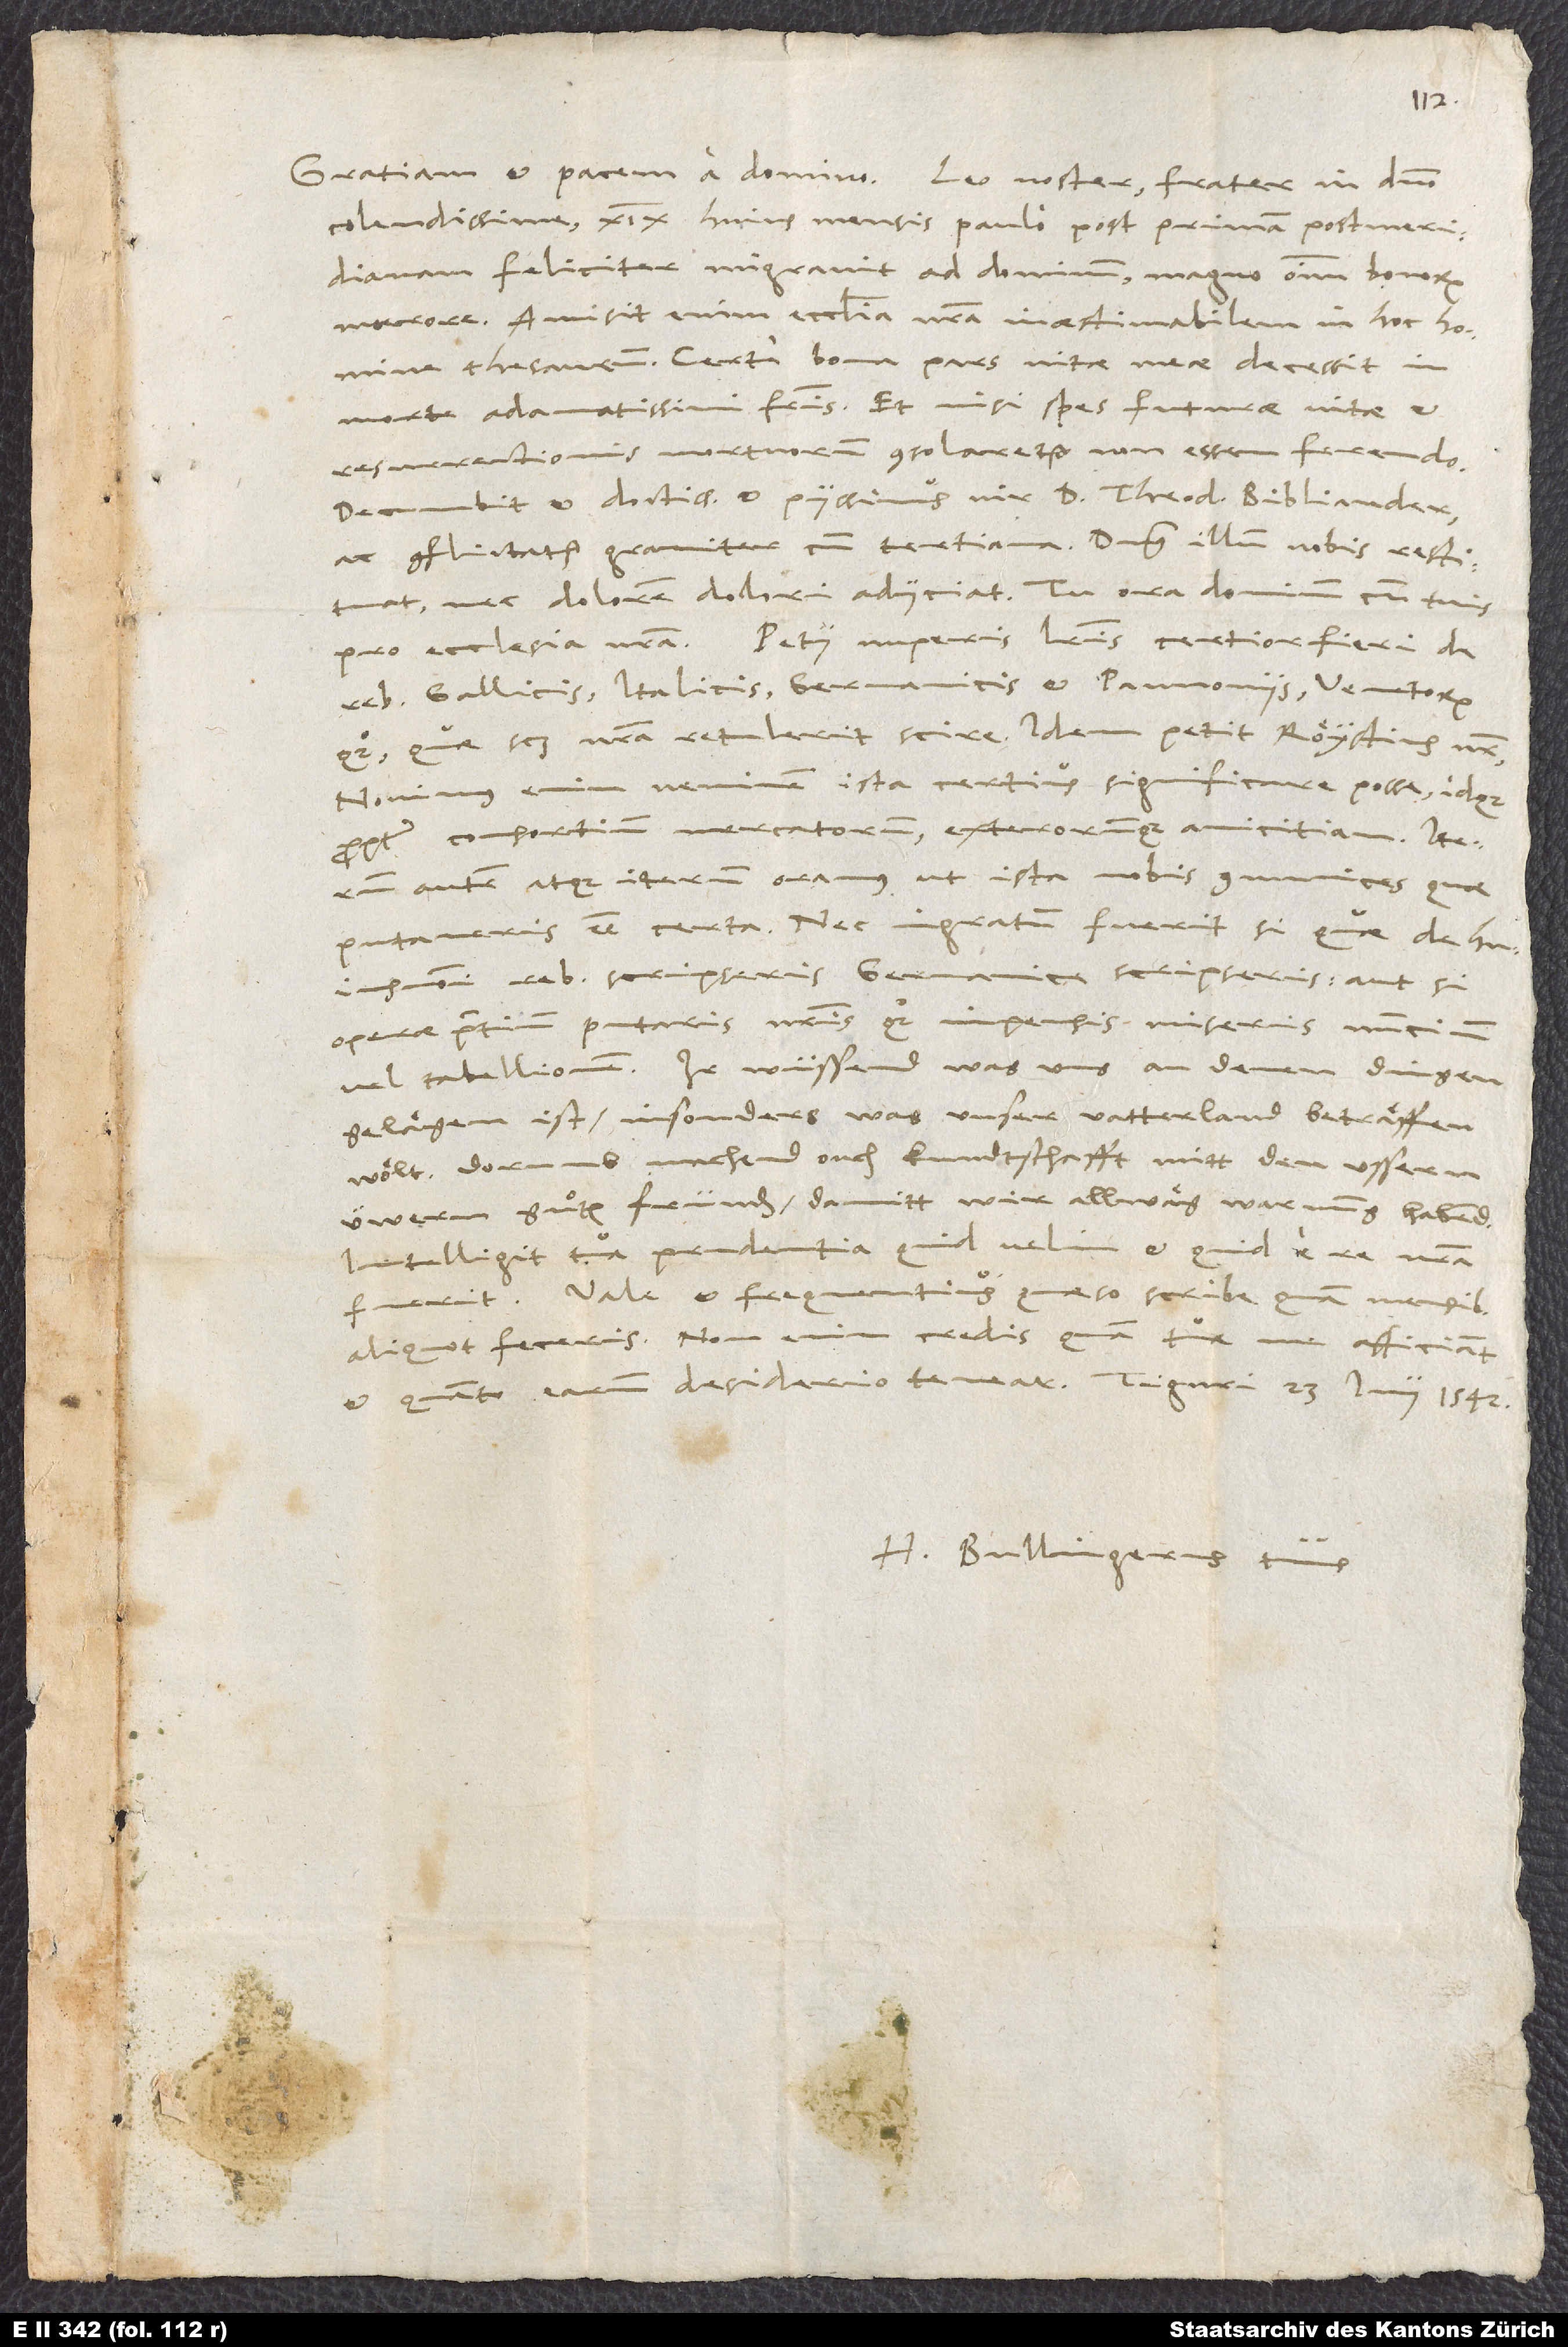
Gratiam et pacem a domino. Leo noster, frater in domino
colendissime, XIX. huius mensis paulo post primam postmeridianam
feliciter migravit ad dominum, magno omnium bonorum
maerore. Amisit enim ecclesia nostra inaestimabilem in hoc homine
thesaurum. Certe bona pars vitae meae decessit in
morte adamatissimi fratris, et nisi spes futurae vitae t
resurrectionis mortuorum consolaretur, non essem ferendo.
Decumbit et doctissimus et piissimus vir D. Theodorus Bibliander
ac conflictatur graviter cum tertiana. Dominus illum nobis restituat
nec dolorem dolori adiiciat. Tu ora dominum cum tuis
pro ecclesia nostra. - Petii nuperis literis certior fieri de
rebus Gallicis, Italicis, Germanicis et Pannoni(c)is, Venetorum
quoque, quae scilicet nostra retulerit scire; idem petit Röystius noster.
Novimus enim, neminem ista certius significare posse, idque
propter consortium mercatorum exterorumque amicitiam. Iterum
autem atque iterum oramus, ut ista nobis communices, quae
putaveris esse certa, nec ingratum fuerit, si, quae de huiusmodi
rebus scripseris, Germanice scripseris aut, si
operae pretium putaris, nostris quoque impensis miseris nuntium
vel tabellionem. Ir wüssend, was uns an denen dingen
gelägen ist, insonders was unser vatterland beträffen
wölt. Dorumb machend ouch kundtschafft mitt den ussern
üwern güten fründen, damitt wir allwäg Warnung habend.
Intelligit tua prudentia, quid velim et quid e re nostra
fuerit. Vale et frequentius, quaeso, scribe, quam mensibus
aliquot feceris. Non enim credis, quam tuae me afficiant
et quanto earum desiderio tenear. Tiguri, 23. Iunii 1542.
Bullingerus tuus.